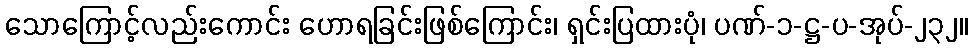
သောကြောင့်လည်းကောင်း ဟောရခြင်းဖြစ်ကြောင်း၊ ရှင်းပြထားပုံ၊ ပဏ်-၁-ဋ္ဌ-ပ-အုပ်-၂၃၂။